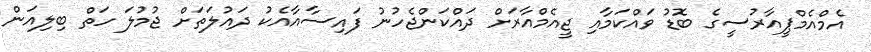
އެމްއެމްޕީއާރުސީގެ ބޮޑު ވައްކަމާއި ޖީއެމްއާރަށް ދައްކަންޖެހުނު ފައިސާއާއެކު ދައުލަތަށް ޖުމުލަ ހަތް ބިލިއަން